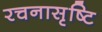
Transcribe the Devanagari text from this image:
रचनासृष्टि